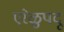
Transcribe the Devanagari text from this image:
एरेळुपदू